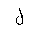
Letter: _lam